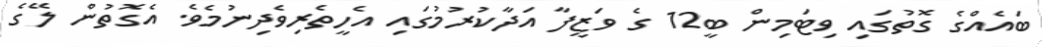
ބައެއްގެ ގޮތުގައި ވިޓަމިން ބީ12 ގެ ވަޒީފާ އަދާކުރުމުގައި އެހީތެރިވެދިނުމެވެ. އެގޮތުން ލޭގެ